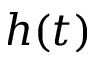
h ( t )